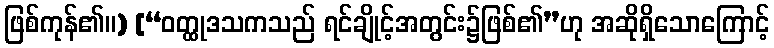
ဖြစ်ကုန်၏။) [“ဝတ္ထုဒသကသည် ရင်ချိုင့်အတွင်း၌ဖြစ်၏”ဟု အဆိုရှိသောကြောင့်